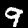
Digit: 9